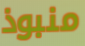
منبوذ